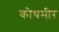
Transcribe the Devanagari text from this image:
कोथमीर